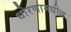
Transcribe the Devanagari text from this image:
धोरणामधील